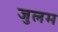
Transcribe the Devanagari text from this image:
जुलम